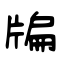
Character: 牑